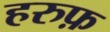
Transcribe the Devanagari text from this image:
हरुफ़